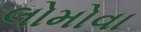
લોમોવા